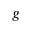
g